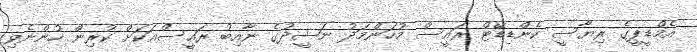
އެމްޑީޕީގެ ރިޔާސީ ކެންޑިޑޭޓް ރައީސް މުހަންމަދު ނަޝީދުގެ ނާއިބު ރައީސްއަކަށް ކުރިން ހުންނެވި